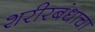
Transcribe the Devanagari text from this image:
शरीरबंधाचा